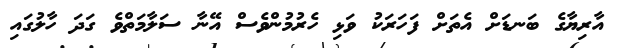
އާރިޔާގެ ބަނޑަށް އެތަށް ފަހަރަކު ވަޅި ހެރުމުންވެސް އޭނާ ސަލާމަތްވެ ގަދަ ހާލުގައި